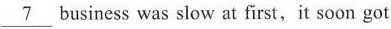
\underline{7} business was slow at first,it soon got